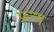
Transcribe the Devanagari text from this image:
प्रव्रज्य